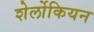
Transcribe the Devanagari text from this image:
शेर्लोकियन